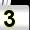
Digit: 3